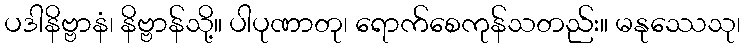
ပဒါနိဗ္ဗာနံ၊ နိဗ္ဗာန်သို့။ ပါပုဏာတု၊ ရောက်စေကုန်သတည်း။ မနုဿေသု၊